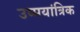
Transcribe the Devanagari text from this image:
उष्मयांत्रिक